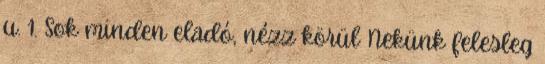
u. 1. Sok minden eladó, nézz körül Nekünk felesleg